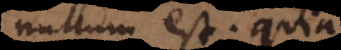
nullum est; quia